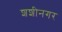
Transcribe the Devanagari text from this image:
शशीनगर